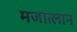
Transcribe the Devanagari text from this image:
मजात्लान